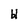
Character: H